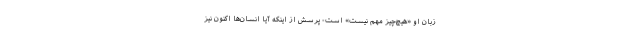
زبان او «هیچ‌چیز مهم نیست» است- پرسش از اینکه آیا انسان‌ها اکنون نیز